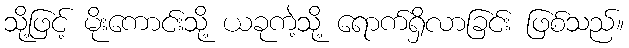
သို့ဖြင့် မိုးကောင်းသို့ ယခုကဲ့သို့ ရောက်ရှိလာခြင်း ဖြစ်သည်။